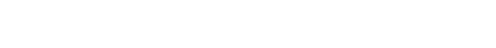
မအေးခင်ရဲ့ လက်ရာဟာ အင်္ဂလိပ်စာရေးဆရာမ ဂျိန်းအော်စတင်လိုပဲ အချစ်ရဲ့ ဆန်းပြားတဲ့